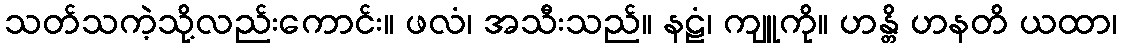
သတ်သကဲ့သို့လည်းကောင်း။ ဖလံ၊ အသီးသည်။ နဠံ၊ ကျူကို။ ဟန္တိ ဟနတိ ယထာ၊